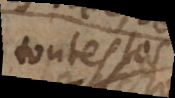
toutefois